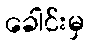
ခေါင်းမှ